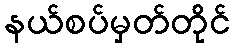
နယ်စပ်မှတ်တိုင်